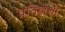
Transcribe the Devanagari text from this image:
प्रतिज्ञेशी